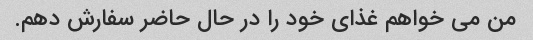
من می خواهم غذای خود را در حال حاضر سفارش دهم.